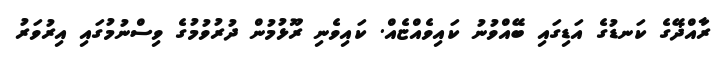
ރާއްޛޭގެ ކަނޑުގެ އަޑިގައި ބޭއްވުނު ކައިވެއްޏެއް. ކައިވެނި ރޫޅުމުން ދުރުވުމުގެ ވިސްނުމުގައި އިރުވަރު